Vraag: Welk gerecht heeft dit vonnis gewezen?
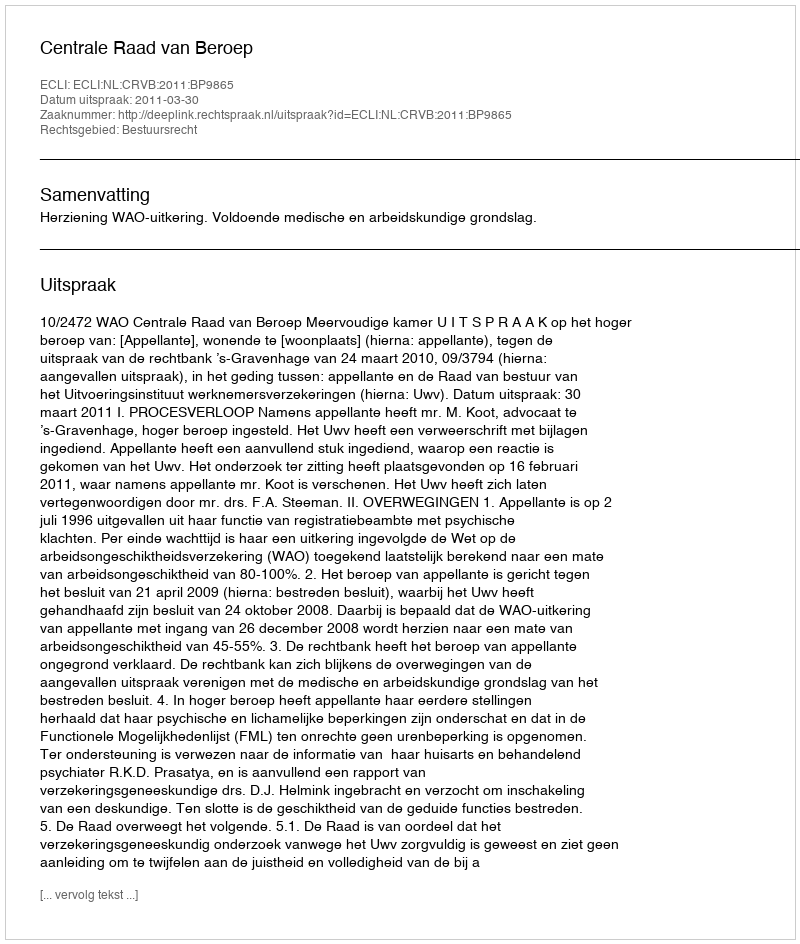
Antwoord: Centrale Raad van Beroep